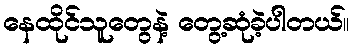
နေထိုင်သူတွေနဲ့ တွေ့ဆုံခဲ့ပါတယ်။